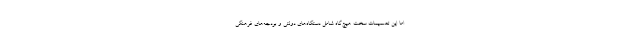
اما این تصمیمات سخت هیچ‌گاه شامل دستگاه‌های دولتی و بودجه‌های فرهنگی